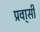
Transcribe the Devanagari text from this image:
प्रवा्सी